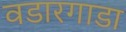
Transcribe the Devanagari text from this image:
वडारगाडा